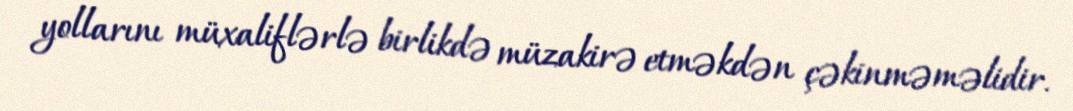
yollarını müxaliflərlə birlikdə müzakirə etməkdən çəkinməməlidir.